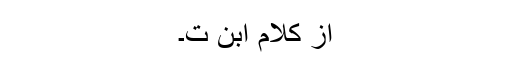
از کلام ابن ت۔